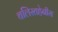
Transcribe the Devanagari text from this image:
चलिस्तहेनीस